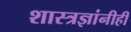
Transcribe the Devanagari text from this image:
शास्त्रज्ञांनीही